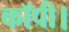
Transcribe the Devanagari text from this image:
कॉपी।